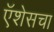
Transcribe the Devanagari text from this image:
ऍशेसचा